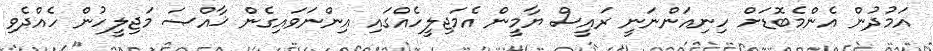
އަމުދުން އެންމެބޮޑަށް ހިނިއަންނަނީ ރައީސް ޔާމީން އެމަޖިލީހެއްގައި އިންނަވައިގެން ޚާއްޞަ މަޖިލީހުން ހެއްދެވި